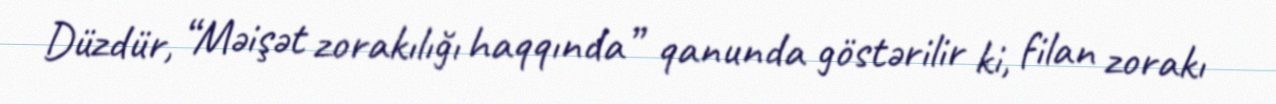
Düzdür, “Məişət zorakılığı haqqında” qanunda göstərilir ki, filan zorakı